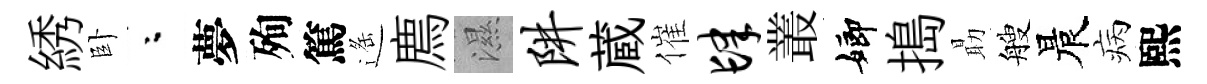
綉卧粉夢殉篤遥廌濕阱蔵催肆叢嫏搗朂艘晨病熙